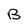
Character: B